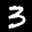
Label: 3